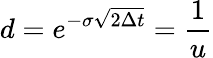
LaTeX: d=e^{-\sigma{\sqrt{2\Delta t}}}={\frac{1}{u}}